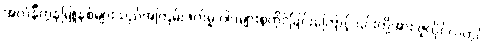
အလံနီကွန်မြူနစ်များသည်အကြမ်းဖက်မှု ဝါဒများစွဲကိုင်ခြင်းကြောင့် ၎င်းတို့အား ဇူလိုင်လတွင်